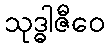
သုဒ္ဓါဇီဝေ